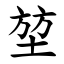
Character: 堃